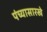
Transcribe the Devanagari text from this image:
पंच्यासारखे